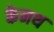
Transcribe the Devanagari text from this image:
केनथ